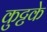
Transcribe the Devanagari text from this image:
कुट्टके